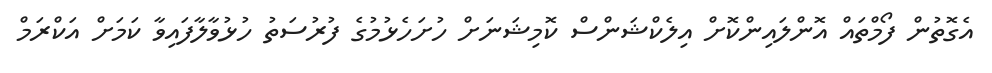
އެގޮތުން ފޯމްތައް އޮންލައިންކޮށް އިލެކްޝަންސް ކޮމިޝަނަށް ހުށަހެޅުމުގެ ފުރުސަތު ހުޅުވާލާފައިވާ ކަމަށް އަކްރަމް